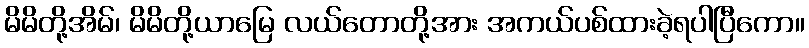
မိမိတို့အိမ်၊ မိမိတို့ယာမြေ လယ်တောတို့အား အကယ်ပစ်ထားခဲ့ရပါပြီကော။